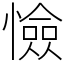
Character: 憸